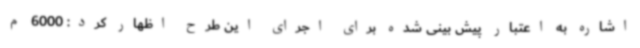
اشاره به اعتبار پیش بینی شده برای اجرای این طرح اظهار کرد: 6000 م